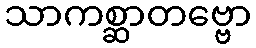
သာကစ္ဆာတဗ္ဗော